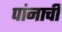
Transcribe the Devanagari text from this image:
पांनाची